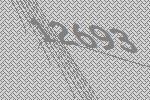
12693